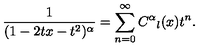
\frac { 1 } { ( 1 - 2 t x - t ^ { 2 } ) ^ { \alpha } } = \sum _ { n = 0 } ^ { \infty } C ^ { \alpha } { } _ { l } ( x ) t ^ { n } .